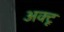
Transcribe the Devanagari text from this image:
अक्टू